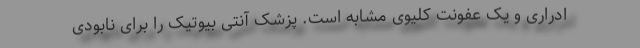
ادراری و یک عفونت کلیوی مشابه است. پزشک آنتی بیوتیک را برای نابودی